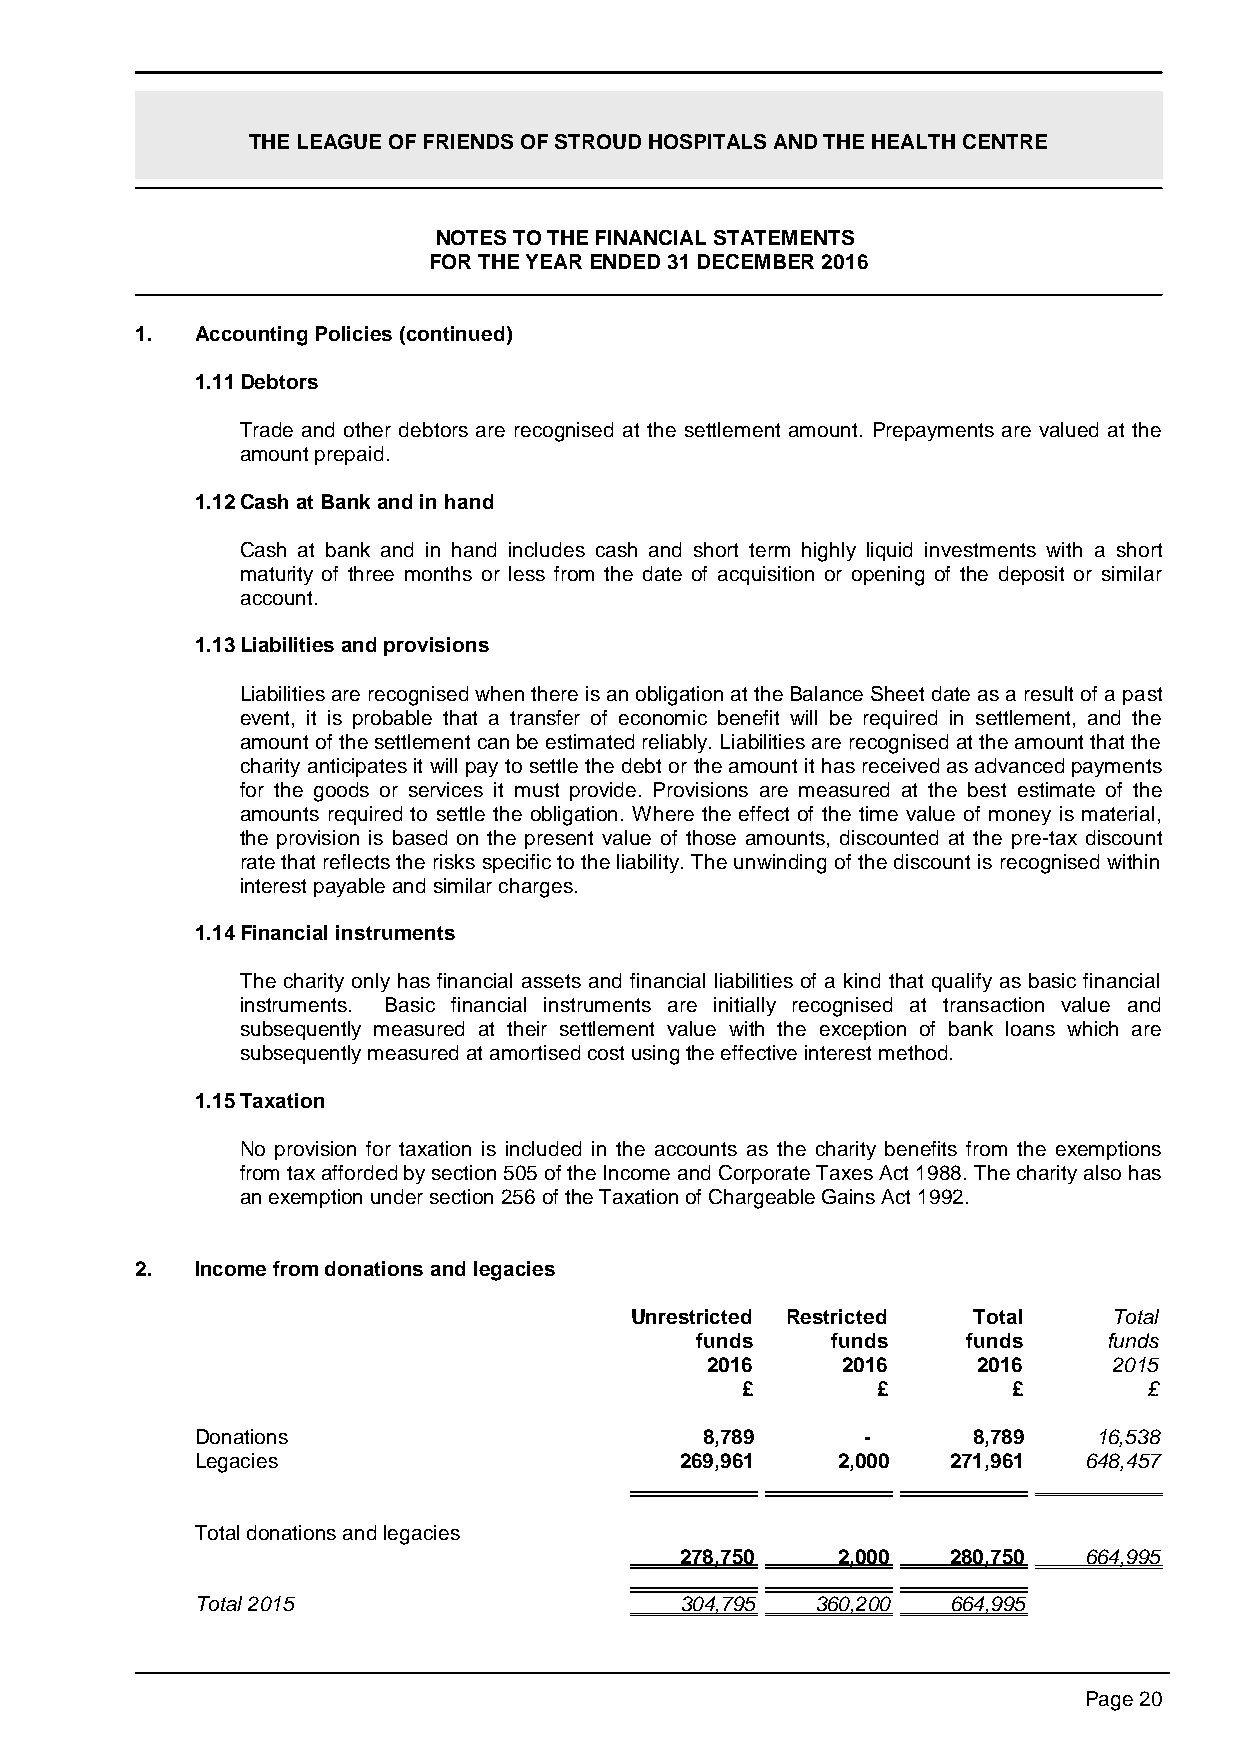
THE LEAGUE OF FRIENDS OF STROUD HOSPITALS AND THE HEALTH CENTRE
 NOTES TO THE FINANCIAL STATEMENTS
 FOR THE YEAR ENDED 31 DECEMBER 2016
 1.  Accounting Policies (continued)
 1.11 Debtors
 Trade and other debtors are recognised at the settlement amount. Prepayments are valued at the
 amount prepaid.
 1.12 Cash at Bank and in hand
 Cash at bank and in hand includes cash and short term highly liquid investments with a short
 maturity of three months or less from the date of acquisition or opening of the deposit or similar
 account.
 1.13 Liabilities and provisions
 Liabilities are recognised when there is an obligation at the Balance Sheet date as a result of a past
 event, it is probable that a transfer of economic benefit will be required in settlement, and the
 amount of the settlement can be estimated reliably. Liabilities are recognised at the amount that the
 charity anticipates it will pay to settle the debt or the amount it has received as advanced payments
 for the goods or services it must provide. Provisions are measured at the best estimate of the
 amounts required to settle the obligation. Where the effect of the time value of money is material,
 the provision is based on the present value of those amounts, discounted at the pre-tax discount
 rate that reflects the risks specific to the liability. The unwinding of the discount is recognised within
 interest payable and similar charges.
 1.14 Financial instruments
 The charity only has financial assets and financial liabilities of a kind that qualify as basic financial
 instruments. Basic financial instruments are initially recognised at transaction value and
 subsequently measured at their settlement value with the exception of bank loans which are
 subsequently measured at amortised cost using the effective interest method.
 1.15 Taxation
 No provision for taxation is included in the accounts as the charity benefits from the exemptions
 from tax afforded by section 505 of the Income and Corporate Taxes Act 1988. The charity also has
 an exemption under section 256 of the Taxation of Chargeable Gains Act 1992.
 2.  Income from donations and legacies
 Unrestricted Restricted Total   Total
 funds    funds    funds    funds
 2016     2016     2016     2015
 £        £        £        £
 Donations                         8,789     -      8,789    16,538
 Legacies                        269,961   2,000   271,961  648,457
 Total donations and legacies
 278,750   2,000   280,750  664,995
 Total 2015                      304,795  360,200  664,995
 Page 20